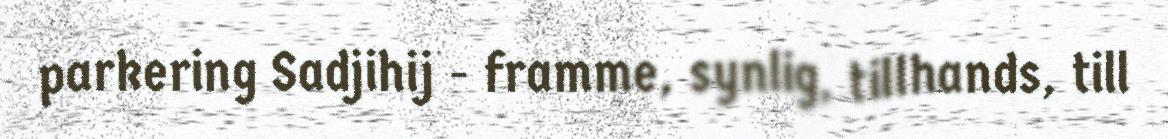
parkering Sadjihij - framme, synlig, tillhands, till